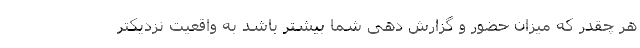
هر چقدر که میزان حضور و گزارش دهی شما بیشتر باشد به واقعیت نزدیکتر